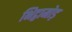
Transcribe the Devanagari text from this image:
भिट्ठामोड़